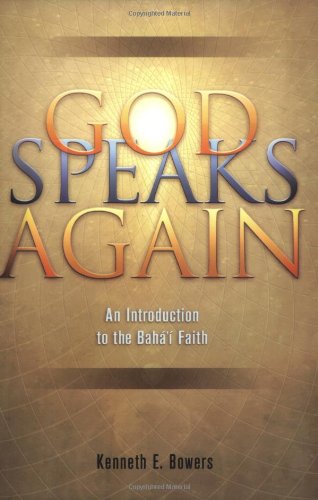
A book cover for God Speaks Again: An Introduction to the Baha'i Faith; Kenneth E. Bowers; Religion & Spirituality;